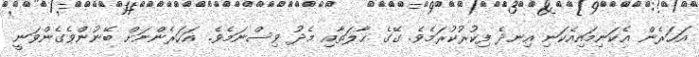
އަހަރެން އެކަނިމައިއެކަނި އިނދެ ފިކުރުކުރަމެވެ. ގޭގެ ޙާލަތާއި މެދު ވިސްނަމެވެ. އަހަރެންނަށް ބޭނުންވެގެންވަނީ